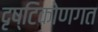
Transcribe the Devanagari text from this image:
दृष्टिकोणगत